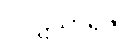
ဝိပ္ပဋိသာရဇာ